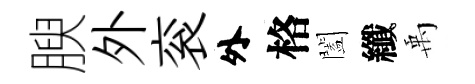
腴外衮外格闔纖禹